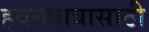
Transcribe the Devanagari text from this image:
हवनपात्रासाठी